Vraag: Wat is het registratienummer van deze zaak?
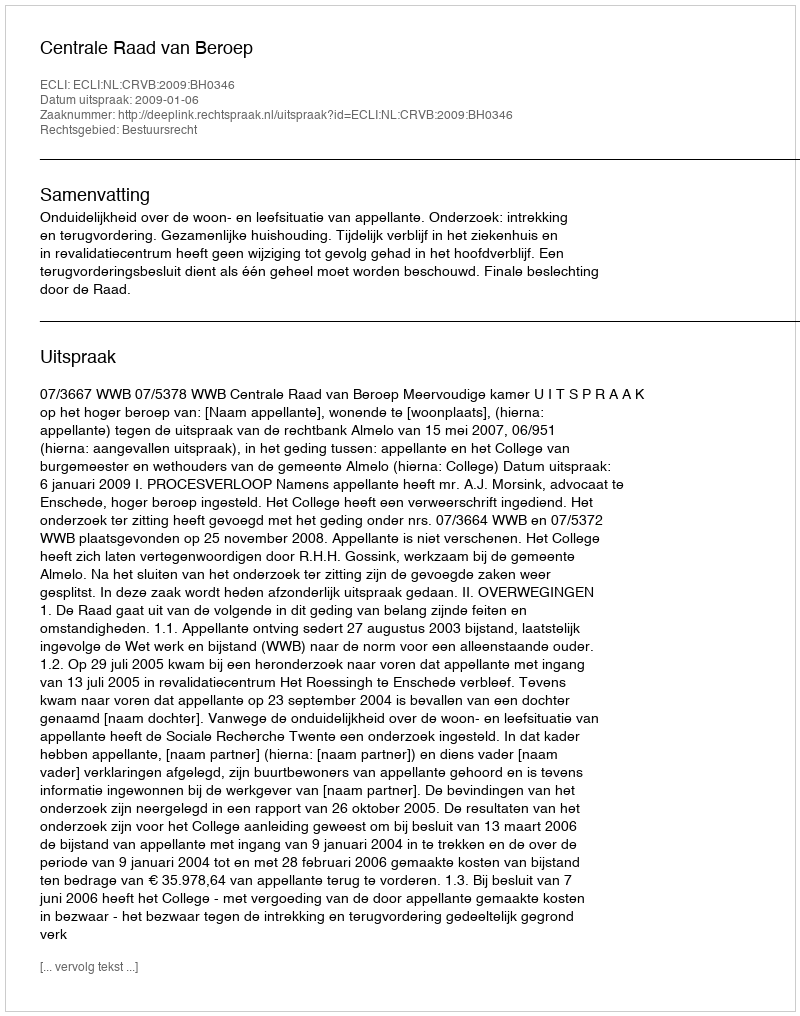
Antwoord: http://deeplink.rechtspraak.nl/uitspraak?id=ECLI:NL:CRVB:2009:BH0346